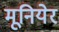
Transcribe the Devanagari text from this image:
मूनियेर